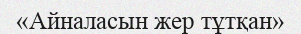
«Айналасын жер тұтқан»